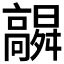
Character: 𮪻